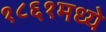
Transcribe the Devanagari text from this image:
१८६१मध्ये